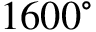
1 6 0 0 ^ { \circ }